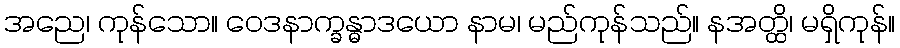
အညေ၊ ကုန်သော။ ဝေဒနာက္ခန္ဓာဒယော နာမ၊ မည်ကုန်သည်။ နအတ္ထိ၊ မရှိကုန်။